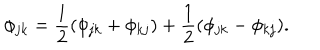
\phi _ { j k } = { \frac { 1 } { 2 } } ( \phi _ { j k } + \phi _ { k j } ) + { \frac { 1 } { 2 } } ( \phi _ { j k } - \phi _ { k j } ) .